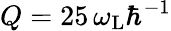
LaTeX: Q=25\, \omega_{\mathrm{L}}\hbar^{-1}